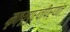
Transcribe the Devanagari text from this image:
मृत्यूपूर्वीपर्यंत